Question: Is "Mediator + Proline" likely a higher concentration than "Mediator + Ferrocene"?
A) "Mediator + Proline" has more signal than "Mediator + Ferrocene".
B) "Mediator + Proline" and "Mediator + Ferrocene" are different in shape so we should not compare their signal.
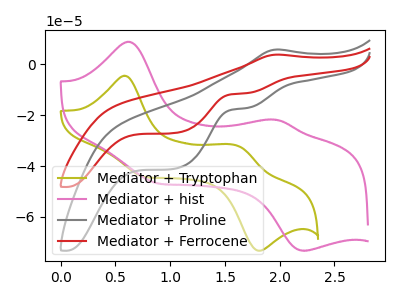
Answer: <think>The olive curve "Mediator + Tryptophan" has anodic peaks at (0.60V, -4.50uA) (1.60V, -31.90uA) and cathodic peaks at (0.80V, -44.40uA) (1.80V, -73.30uA). The pink curve "Mediator + hist" has anodic peaks at (0.65V, 8.90uA) (1.95V, -21.75uA) and cathodic peaks at (0.85V, -46.65uA) (2.20V, -73.35uA). The gray curve "Mediator + Proline" has an anodic peak at (2.00V, 5.90uA) and cathodic peaks at (1.70V, -17.15uA) (1.05V, -41.05uA). The red curve "Mediator + Ferrocene" has an anodic peak at (2.00V, 3.85uA) and cathodic peaks at (1.70V, -11.30uA) (1.05V, -27.00uA).
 All the peaks in "Mediator + Proline" have a peak in "Mediator + Ferrocene" at the same potential. Every peak in "Mediator + Proline" is higher than every peak in "Mediator + Ferrocene".</think>
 <answer>A) "Mediator + Proline" has more signal than "Mediator + Ferrocene".</answer>
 <eval>A</eval>